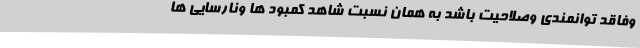
وفاقد توانمندی وصلاحیت باشد به همان نسبت شاهد کمبود ها ونارسایی ها